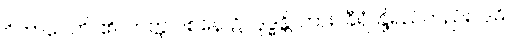
ဝိဘာဝေတိ၊ ၏။ တတ္ထ ဝစနေ၊ ၌။ ဒုဒ္ဓန္တိ၊ ကား။ ခီရံ၊ နို့ရည်တည်း။ ဒဓိ